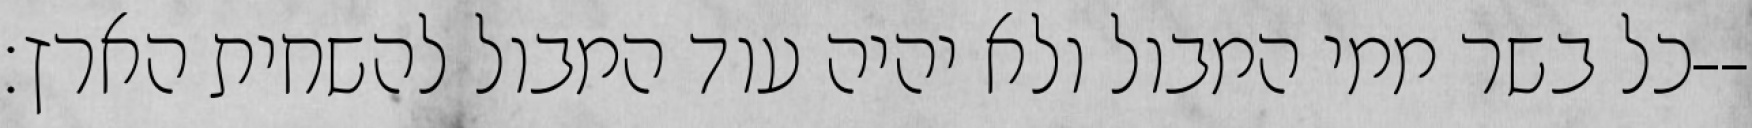
כל בשר ממי המבול ולא יהיה עוד המבול להשחית הארץ׃--